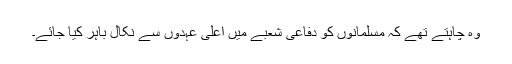
وہ چاہتے تھے کہ مسلمانوں کو دفاعی شعبے میں اعلیٰ عہدوں سے نکال باہر کیا جائے۔